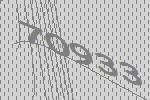
70933